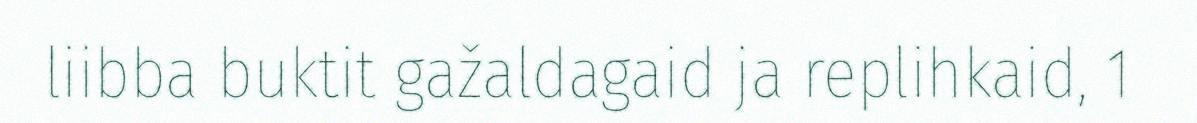
liibba buktit gažaldagaid ja replihkaid, 1